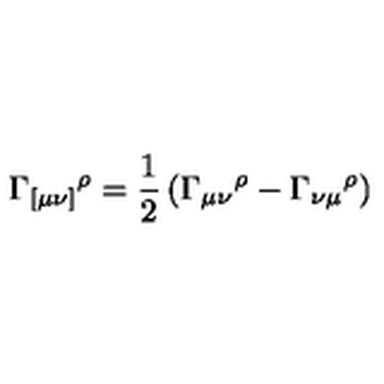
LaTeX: \Gamma _ { [ \mu \nu ] } { } ^ { \rho } = \frac { 1 } { 2 } \left( \Gamma _ { \mu \nu } { } ^ { \rho } - \Gamma _ { \nu \mu } { } ^ { \rho } \right)